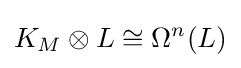
K_{M}\otimes L\cong \Omega ^{n}(L)